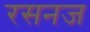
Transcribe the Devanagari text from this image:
रसनज